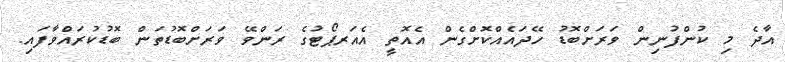
އާދެ މި ކުންފުނިން ވަރަށްބޮޑު ހޭދައެއްކޮށްގެން އެއޮތީ އެއަރޕޯޓުގެ ރަންވޭ ވަރަށްބޮޑުތަން ބޮޑުކުރައްވާފައި.